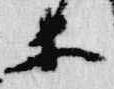
等